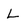
Character: L